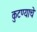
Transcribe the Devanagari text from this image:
कुटण्याचे